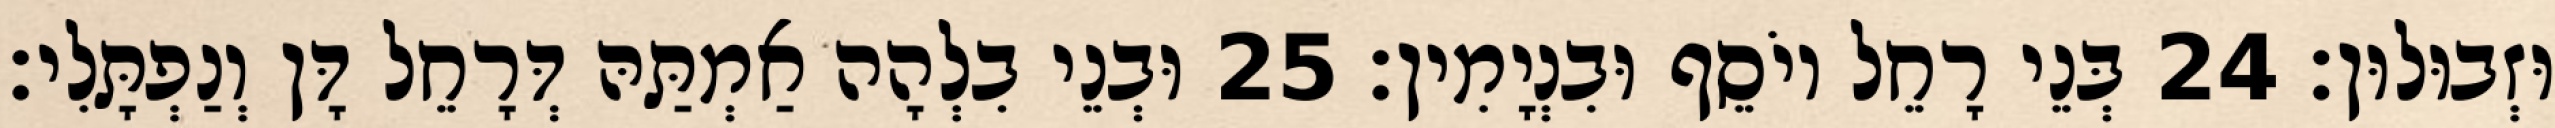
וּזְבוּלוּן׃ 24 בְּנֵי רָחֵל יוֹסֵף וּבִנְיָמִין׃ 25 וּבְנֵי בִלְהָה אַמְתַּהּ דְּרָחֵל דָּן וְנַפְתָּלִי׃